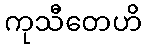
ကုသီတေဟိ